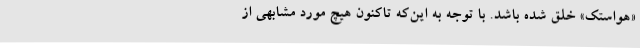
«هواستک» خلق شده باشد. با توجه به این‌که تاکنون هیچ مورد مشابهی از